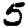
Digit: 5